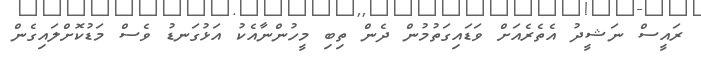
ރައީސް ނަޝީދު އެތެރެއަށް ވަޑައިގަތުމުން ދެން ތިބި މީހުންނާއެކު އަޅުގަނޑު ވެސް މަޑުކޮށްލައިގެން